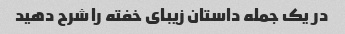
در یک جمله داستان زیبای خفته را شرح دهید